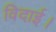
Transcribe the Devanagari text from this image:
विदाई।